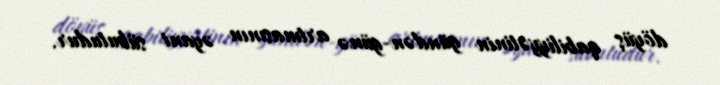
döyüş qabiliyyətinin gündən-günə artmasının əyani sübutudur.